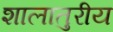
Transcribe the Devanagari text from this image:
शालातुरीय